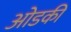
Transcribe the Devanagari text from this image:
ओडकी